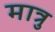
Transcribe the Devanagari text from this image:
मात्रु